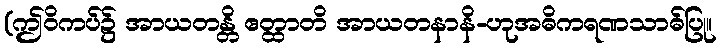
(ဤဝိကပ်၌ အာယတန္တိ ဧတ္ထာတိ အာယတနာနိ-ဟုအဓိကရဏသာဓ်ပြု။